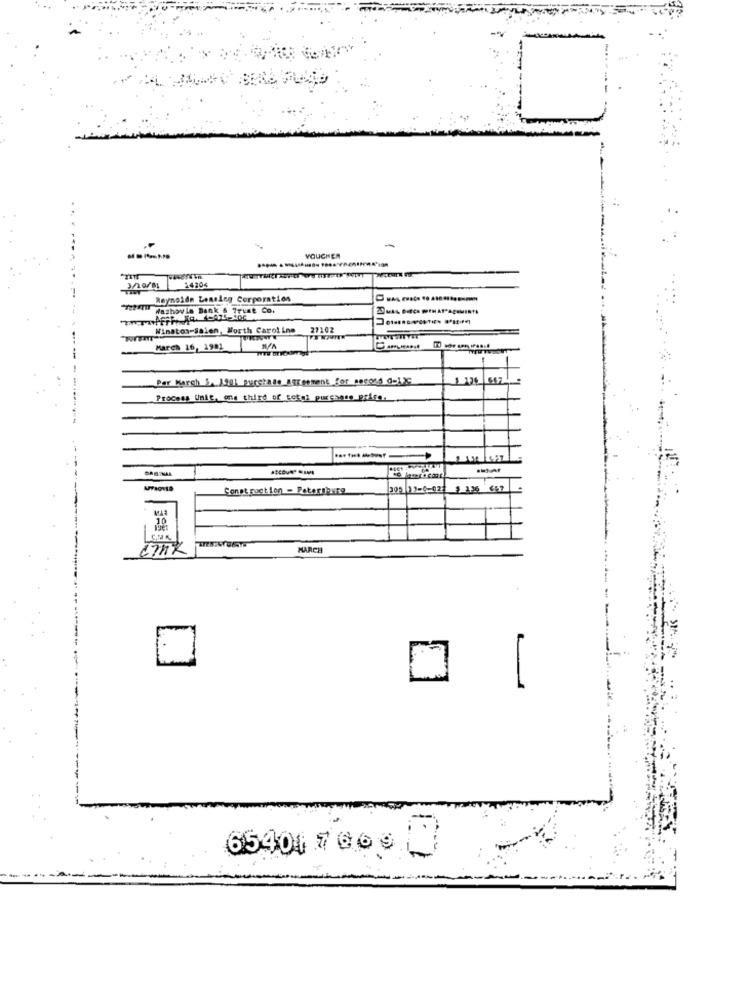
VOUCHER
14204
Reynoldn Leasing Corporation
metalu Washovle Bank & Trust Co.
Winston-Saien, Worth Carol Lno
27102
March 16, 1901
Per Karch 5. 1901 purchase Agreement for second d-12℃
Process Unit. a's third of weten porcrere prise.
Construction - Peter burg
309 13-0-027 9 336 657
10
MARCH
65401 7 6697